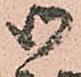
御